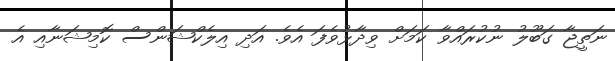
ނަތީޖާ ގަބޫލު ނުކުރައްވާ ކަމަށް ވިދާޅުވެފަ އެވެ. އަދި އިލެކްޝަންސް ކޮމިޝަނާއި އެ